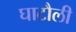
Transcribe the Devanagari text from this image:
घाटौली